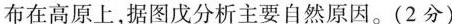
布在高原上，据图戊分析主要自然原因。(2分)